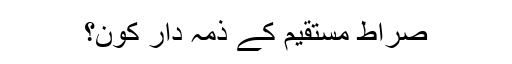
صراط مستقیم کے ذمہ دار کون؟